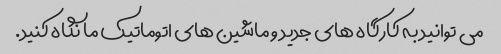
می توانید به کارگاه های جدید و ماشین های اتوماتیک ما نگاه کنید.